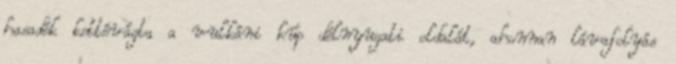
hasadék kettévágta a vulkáni kúp délnyugati oldalát, ahonnan lávafolyás